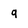
Character: 9